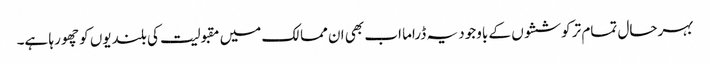
بہرحال تمام تر کوششوں کے باوجود یہ ڈراما اب بھی ان ممالک میں مقبولیت کی بلندیوں کو چھو رہا ہے۔